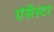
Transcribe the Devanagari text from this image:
एंसेस्टर